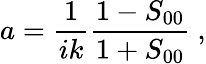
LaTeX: a=\frac{1}{ik}\frac{1-S_{00}}{1+S_{00}}\ ,